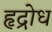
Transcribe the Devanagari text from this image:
हृद्रोध